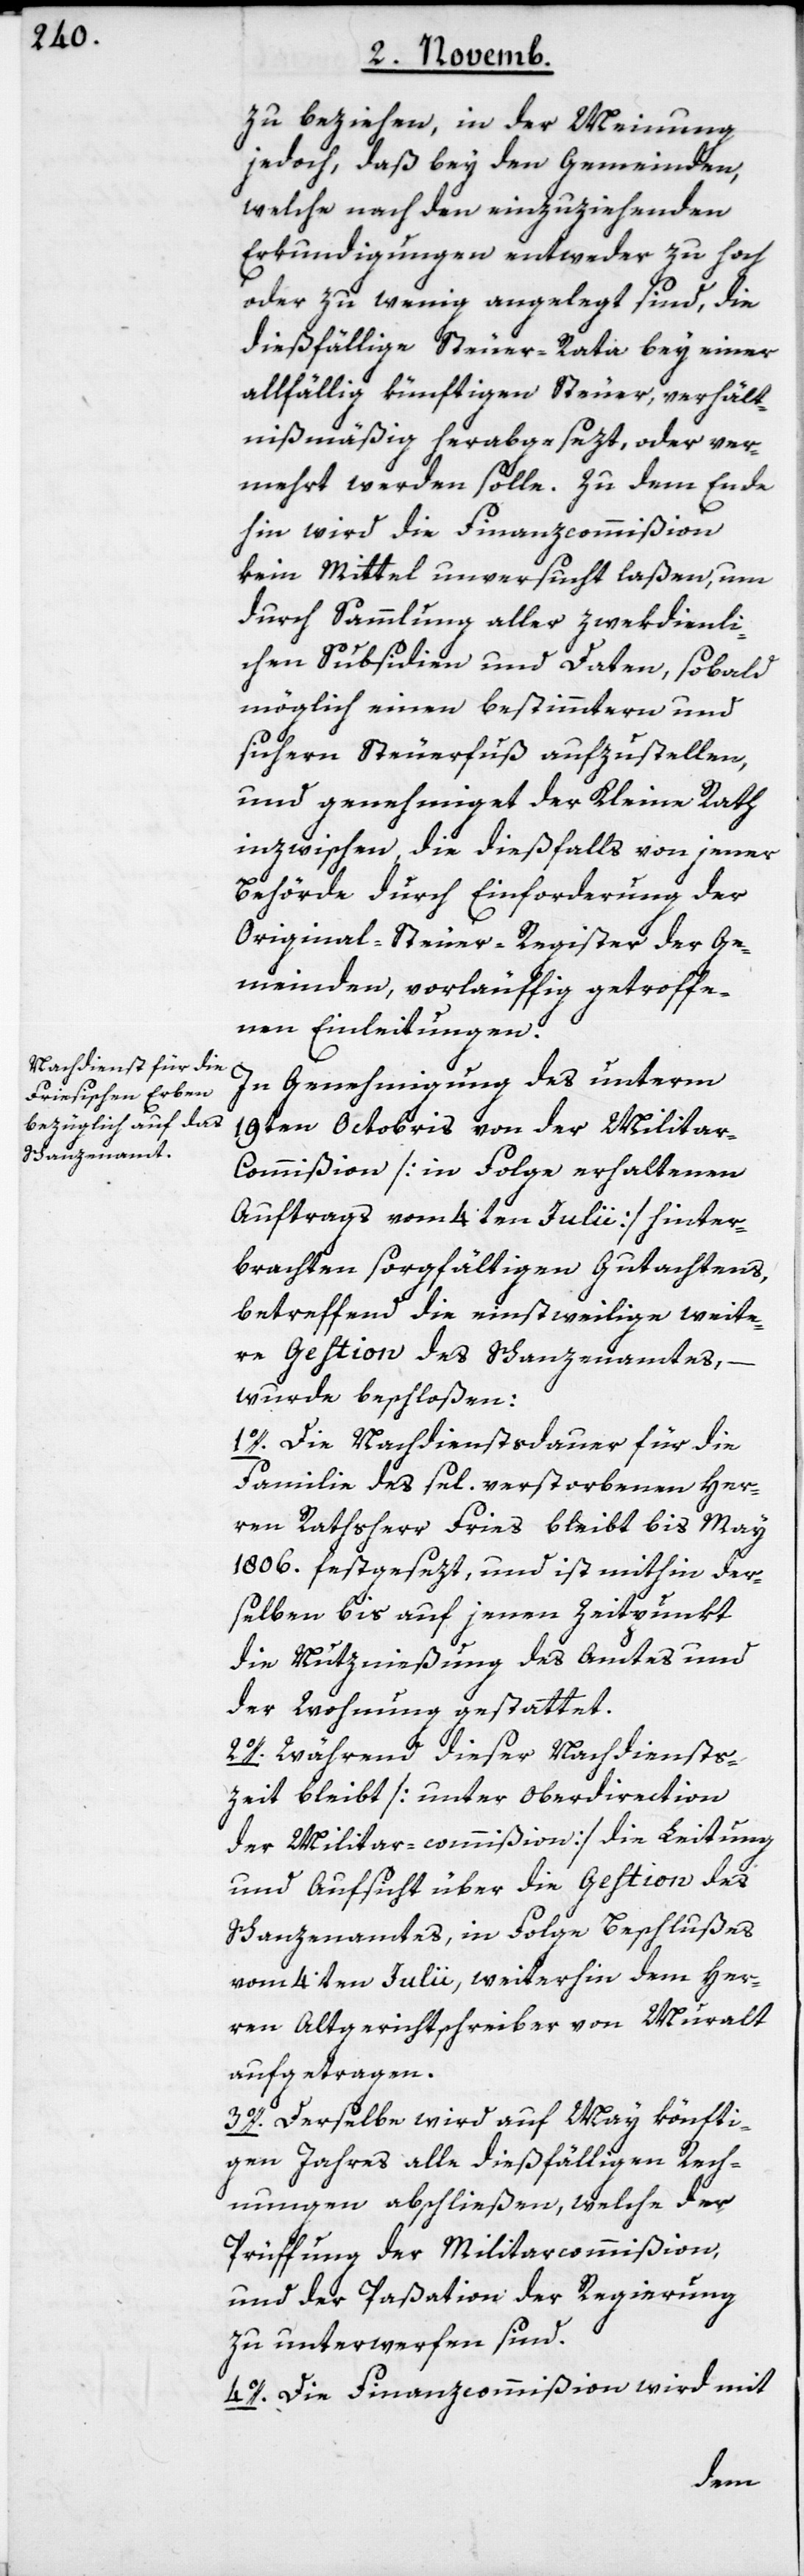
zu beziehen, in der Meinung
jedoch, daß bey den Gemeinden,
welche nach den einzuziehenden
Erkundigungen entweder zu hoch
oder zu wenig angelegt sind, die
dießfällige Steuer-Rata bey einer
allfällig künftigen Steuer, verhält¬
nißmäßig herabgesezt, oder ver¬
mehrt werden solle. Zu dem Ende
hin wird die Finanzcommißion
kein Mittel unversucht laßen, um
durch Sammlung aller zwekdienli¬
chen Subsidien und Daten, sobald
möglich einen bestimmtern und
sichern Steuerfuß aufzustellen,
und genehmiget der Kleine Rath
inzwischen die dießfalls von jener
Behörde durch Einforderung der
Original-Steuer-Register der Ge¬
meinden, vorläuffig getroffe¬
nen Einleitungen.
In Genehmigung des unterm
19ten Octobris von der Milita¬
r-Commißion [in Folge erhaltenen
Auftrags vom 4ten Julii] hinter¬
brachten sorgfältigen Gutachtens,
betreffend die einstweilige weite¬
re Gestion des Schanzenamtes,
wurde beschloßen:
1o. Die Nachdienstdauer für die
Familie des sel. verstorbenen Her¬
ren Rathsherr Fries bleibt bis May
1806. festgesezt, und ist mithin der¬
selben bis auf jenen Zeitpunkt
die Nutznießung des Amtes und
der Wohnung gestattet.
2o. Während dieser Nachdiensts¬
zeit bleibt [unter Oberdirection
der Militar-commißion] die Leitung
und Aufsicht über die Gestion des
Schanzenamtes, in Folge Beschlußes
vom 4ten Julii, weiterhin dem Her¬
ren alt Gerichtschreiber von Muralt
aufgetragen.
3o. Derselbe wird auf May könfti¬
gen Jahres alle dießfälligen Rech¬
nungen abschließen, welche der
Prüffung der Militarcommißion,
und der Paßation der Regierung
zu unterwerfen sind.
4o. Die Finanzcommißion wird mit